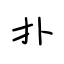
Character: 扑